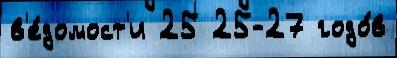
в'е́домост'и 25 25-27 годо́в